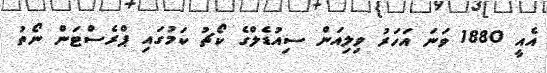
އެއީ 1880 ވަނަ އަހަރު ވިލިއަން ސިއުޑެލްގެ ކޯޗު ކަމުގައި ޕްރެސްޓަން ނޯތު